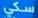
سكي